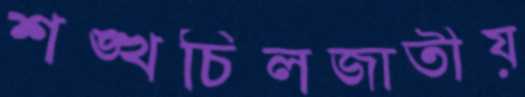
শঙ্খচিলজাতীয়